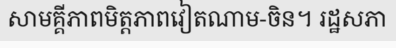
សាមគ្គីភាពមិត្តភាពវៀតណាម-ចិន។ រដ្ឋសភា